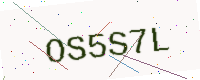
Text: OS5S7L